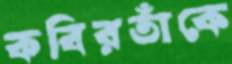
কবিরতাঁকে